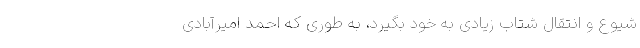
شیوع و انتقال شتاب زیادی به خود بگیرد، به طوری که احمد امیرآبادی